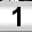
Digit: 1